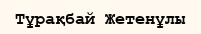
Тұрақбай Жетенұлы